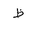
Letter: _za